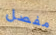
مفصل